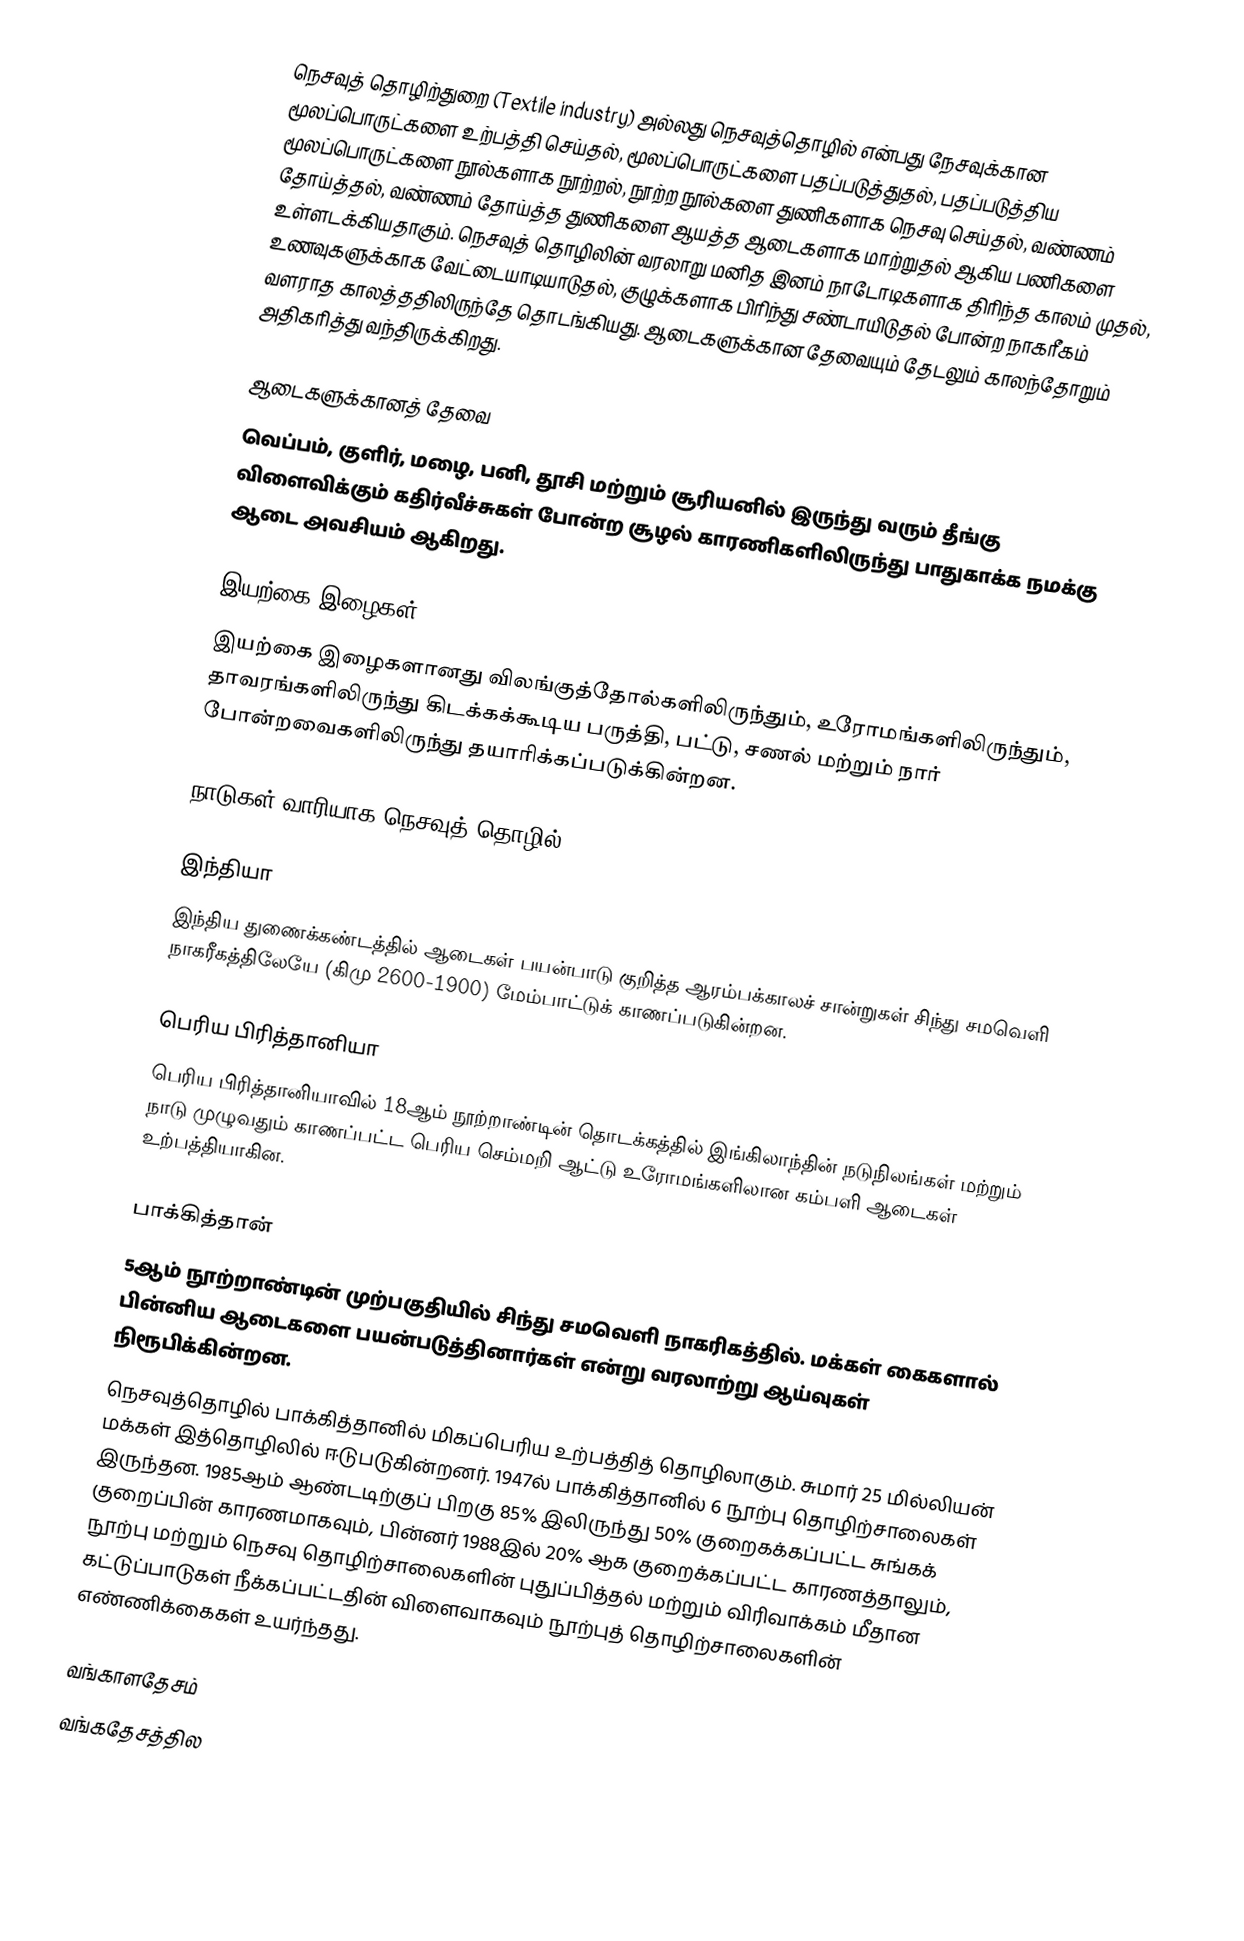
நெசவுத் தொழிற்துறை (Textile industry) அல்லது நெசவுத்தொழில் என்பது நேசவுக்கான மூலப்பொருட்களை உற்பத்தி செய்தல், மூலப்பொருட்களை பதப்படுத்துதல், பதப்படுத்திய மூலப்பொருட்களை நூல்களாக நூற்றல், நூற்ற நூல்களை துணிகளாக நெசவு செய்தல், வண்ணம் தோய்த்தல், வண்ணம் தோய்த்த துணிகளை ஆயத்த ஆடைகளாக மாற்றுதல் ஆகிய பணிகளை உள்ளடக்கியதாகும். நெசவுத் தொழிலின் வரலாறு மனித இனம் நாடோடிகளாக திரிந்த காலம் முதல், உணவுகளுக்காக வேட்டையாடியாடுதல், குழுக்களாக பிரிந்து சண்டாயிடுதல் போன்ற நாகரீகம் வளராத காலத்ததிலிருந்தே தொடங்கியது. ஆடைகளுக்கான தேவையும் தேடலும் காலந்தோறும் அதிகரித்து வந்திருக்கிறது.

ஆடைகளுக்கானத் தேவை
வெப்பம், குளிர், மழை, பனி, தூசி மற்றும் சூரியனில் இருந்து வரும் தீங்கு விளைவிக்கும் கதிர்வீச்சுகள் போன்ற சூழல் காரணிகளிலிருந்து பாதுகாக்க நமக்கு ஆடை அவசியம் ஆகிறது.

இயற்கை இழைகள்
இயற்கை இழைகளானது விலங்குத்தோல்களிலிருந்தும், உரோமங்களிலிருந்தும், தாவரங்களிலிருந்து கிடக்கக்கூடிய பருத்தி, பட்டு, சணல் மற்றும் நார் போன்றவைகளிலிருந்து தயாரிக்கப்படுக்கின்றன.

நாடுகள் வாரியாக நெசவுத் தொழில்

இந்தியா
இந்திய துணைக்கண்டத்தில் ஆடைகள் பயன்பாடு குறித்த ஆரம்பக்காலச் சான்றுகள் சிந்து சமவெளி நாகரீகத்திலேயே (கிமு 2600-1900) மேம்பாட்டுக் காணப்படுகின்றன.

பெரிய பிரித்தானியா
பெரிய பிரித்தானியாவில் 18ஆம் நூற்றாண்டின் தொடக்கத்தில் இங்கிலாந்தின் நடுநிலங்கள் மற்றும் நாடு முழுவதும் காணப்பட்ட பெரிய செம்மறி ஆட்டு உரோமங்களிலான கம்பளி ஆடைகள் உற்பத்தியாகின.

பாக்கித்தான்
5ஆம் நூற்றாண்டின் முற்பகுதியில் சிந்து சமவெளி நாகரிகத்தில். மக்கள் கைகளால் பின்னிய ஆடைகளை பயன்படுத்தினார்கள் என்று வரலாற்று ஆய்வுகள் நிரூபிக்கின்றன.
நெசவுத்தொழில் பாக்கித்தானில் மிகப்பெரிய உற்பத்தித் தொழிலாகும். சுமார் 25 மில்லியன் மக்கள் இத்தொழிலில் ஈடுபடுகின்றனர். 1947ல் பாக்கித்தானில் 6 நூற்பு தொழிற்சாலைகள் இருந்தன. 1985ஆம் ஆண்டடிற்குப் பிறகு 85% இலிருந்து 50% குறைகக்கப்பட்ட சுங்கக் குறைப்பின் காரணமாகவும், பின்னர் 1988இல் 20% ஆக குறைக்கப்பட்ட காரணத்தாலும், நூற்பு மற்றும் நெசவு தொழிற்சாலைகளின் புதுப்பித்தல் மற்றும் விரிவாக்கம் மீதான கட்டுப்பாடுகள் நீக்கப்பட்டதின் விளைவாகவும் நூற்புத் தொழிற்சாலைகளின் எண்ணிக்கைகள் உயர்ந்தது.

வங்காளதேசம்
வங்கதேசத்தில